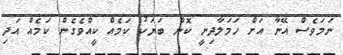
ނަމަވެސް އޭނާ އަށް ހަމަލާދިނީ ކޮން ބަޔަކު ކަމެއް ކީއްވެގެން ކަމެއް އަދި